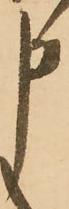
申